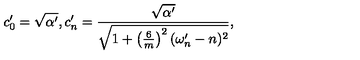
c _ { 0 } ^ { \prime } = \sqrt { \alpha ^ { \prime } } , c _ { n } ^ { \prime } = \frac { \sqrt { \alpha ^ { \prime } } } { \sqrt { 1 + \left( \frac { 6 } { m } \right) ^ { 2 } ( \omega _ { n } ^ { \prime } - n ) ^ { 2 } } } ,